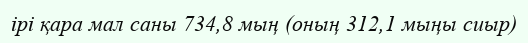
ірі қара мал саны 734,8 мың (оның 312,1 мыңы сиыр)